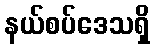
နယ်စပ်ဒေသရှိ